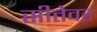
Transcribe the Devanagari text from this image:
सीतेवर